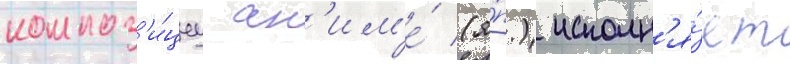
композ'и́циу ан'им'е́ (я́п.) исполн'я́ет